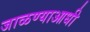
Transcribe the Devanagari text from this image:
जाळण्याआधी